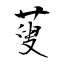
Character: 蓃